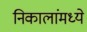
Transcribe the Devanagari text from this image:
निकालांमध्ये